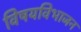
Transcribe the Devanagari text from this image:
विषयविभाजन